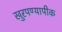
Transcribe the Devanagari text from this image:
खुरपण्यापीक